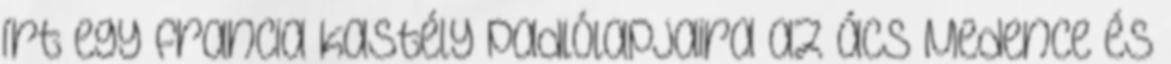
írt egy francia kastély padlólapjaira az ács Medence és